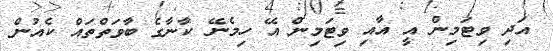
އަދި ވިޓަމިން އީ އާއި ވިޓަމިން އޭ ހިމެނޭ ކާނާގެ ބާވަތްތައް ކެއުން